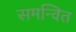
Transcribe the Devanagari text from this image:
समन्‍वित